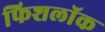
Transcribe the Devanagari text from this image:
फिशलॉक